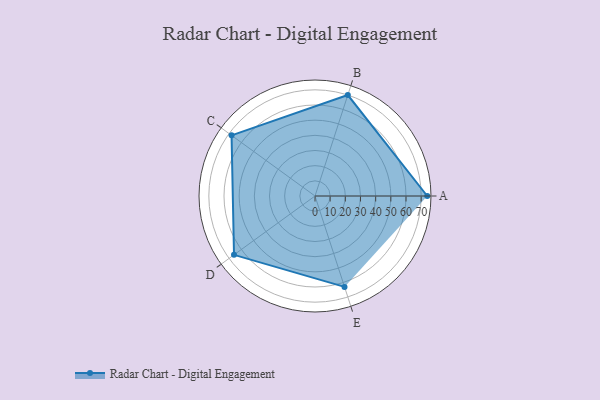
{"axis": {"x": "Skill", "y": "Score"}, "legend": ["Profile"], "data": [{"x": "A", "y": 74.0, "type": "Profile"}, {"x": "B", "y": 70.0, "type": "Profile"}, {"x": "C", "y": 68.0, "type": "Profile"}, {"x": "D", "y": 66.0, "type": "Profile"}, {"x": "E", "y": 63.0, "type": "Profile"}]}